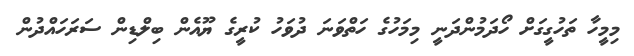
މިމީހާ ތަހުގީގަށް ހޯދަމުންދަނީ މިމަހުގެ ހަތްވަނަ ދުވަހު ކުރީގެ ޔޫއެން ބިލްޑިން ސަރަހައްދުން